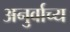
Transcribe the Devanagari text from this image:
अनुर्वाच्य